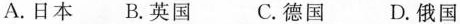
A.日本B.英国 C.德国 D.俄国